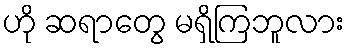
ဟို ဆရာတွေ မရှိကြဘူလား